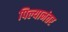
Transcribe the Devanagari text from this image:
पिल्यानंतर